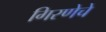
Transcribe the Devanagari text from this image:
गिरणेचे